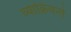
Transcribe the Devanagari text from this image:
व्याक्रियन्ते